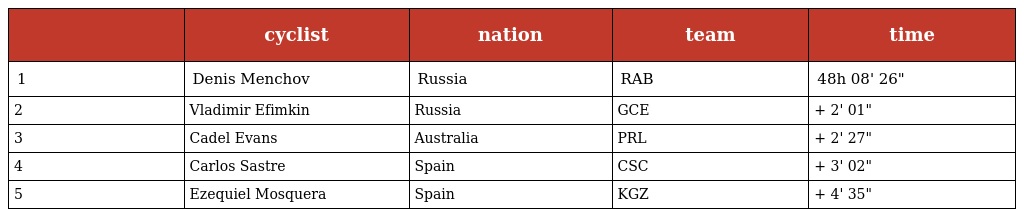
|  | cyclist | nation | team | time |
 | --- | --- | --- | --- | --- |
 | 1 | Denis Menchov | Russia | RAB | 48h 08' 26" |
 | 2 | Vladimir Efimkin | Russia | GCE | + 2' 01" |
 | 3 | Cadel Evans | Australia | PRL | + 2' 27" |
 | 4 | Carlos Sastre | Spain | CSC | + 3' 02" |
 | 5 | Ezequiel Mosquera | Spain | KGZ | + 4' 35" |